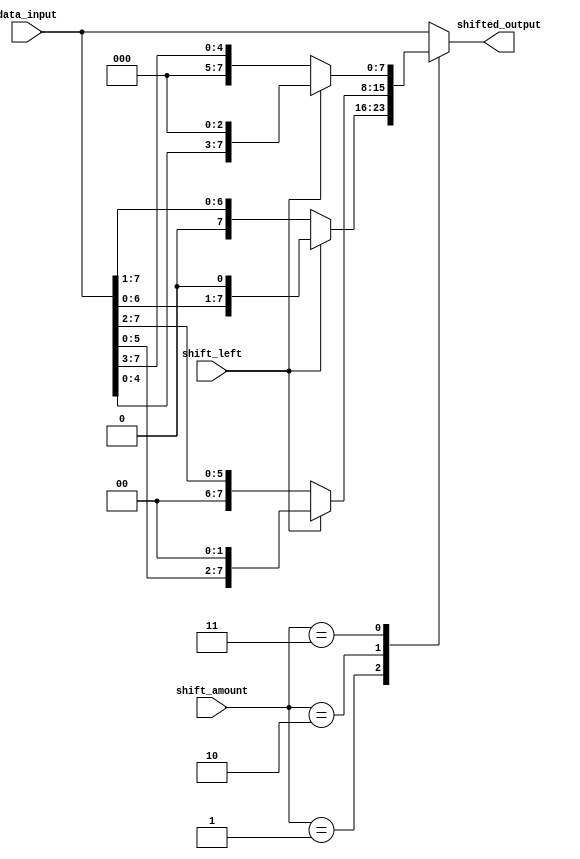
module barrel_shifter (
    input wire [7:0] data_input,
    input wire [2:0] shift_amount,
    input wire shift_left,
    output reg [7:0] shifted_output
);

always @(*) begin
    case(shift_amount)
        3'b000: shifted_output = data_input; // no shift
        3'b001: shifted_output = shift_left ? data_input << 1 : data_input >> 1; // shift by 1 position
        3'b010: shifted_output = shift_left ? data_input << 2 : data_input >> 2; // shift by 2 positions
        3'b011: shifted_output = shift_left ? data_input << 3 : data_input >> 3; // shift by 3 positions
        // add more cases for additional shift amounts as needed
        default: shifted_output = data_input;
    endcase
end

endmodule